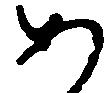
あ